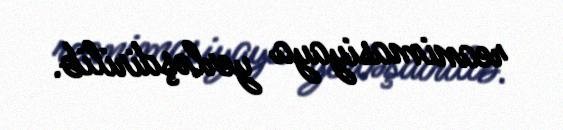
reanimasiyaya yerləşdirilib.